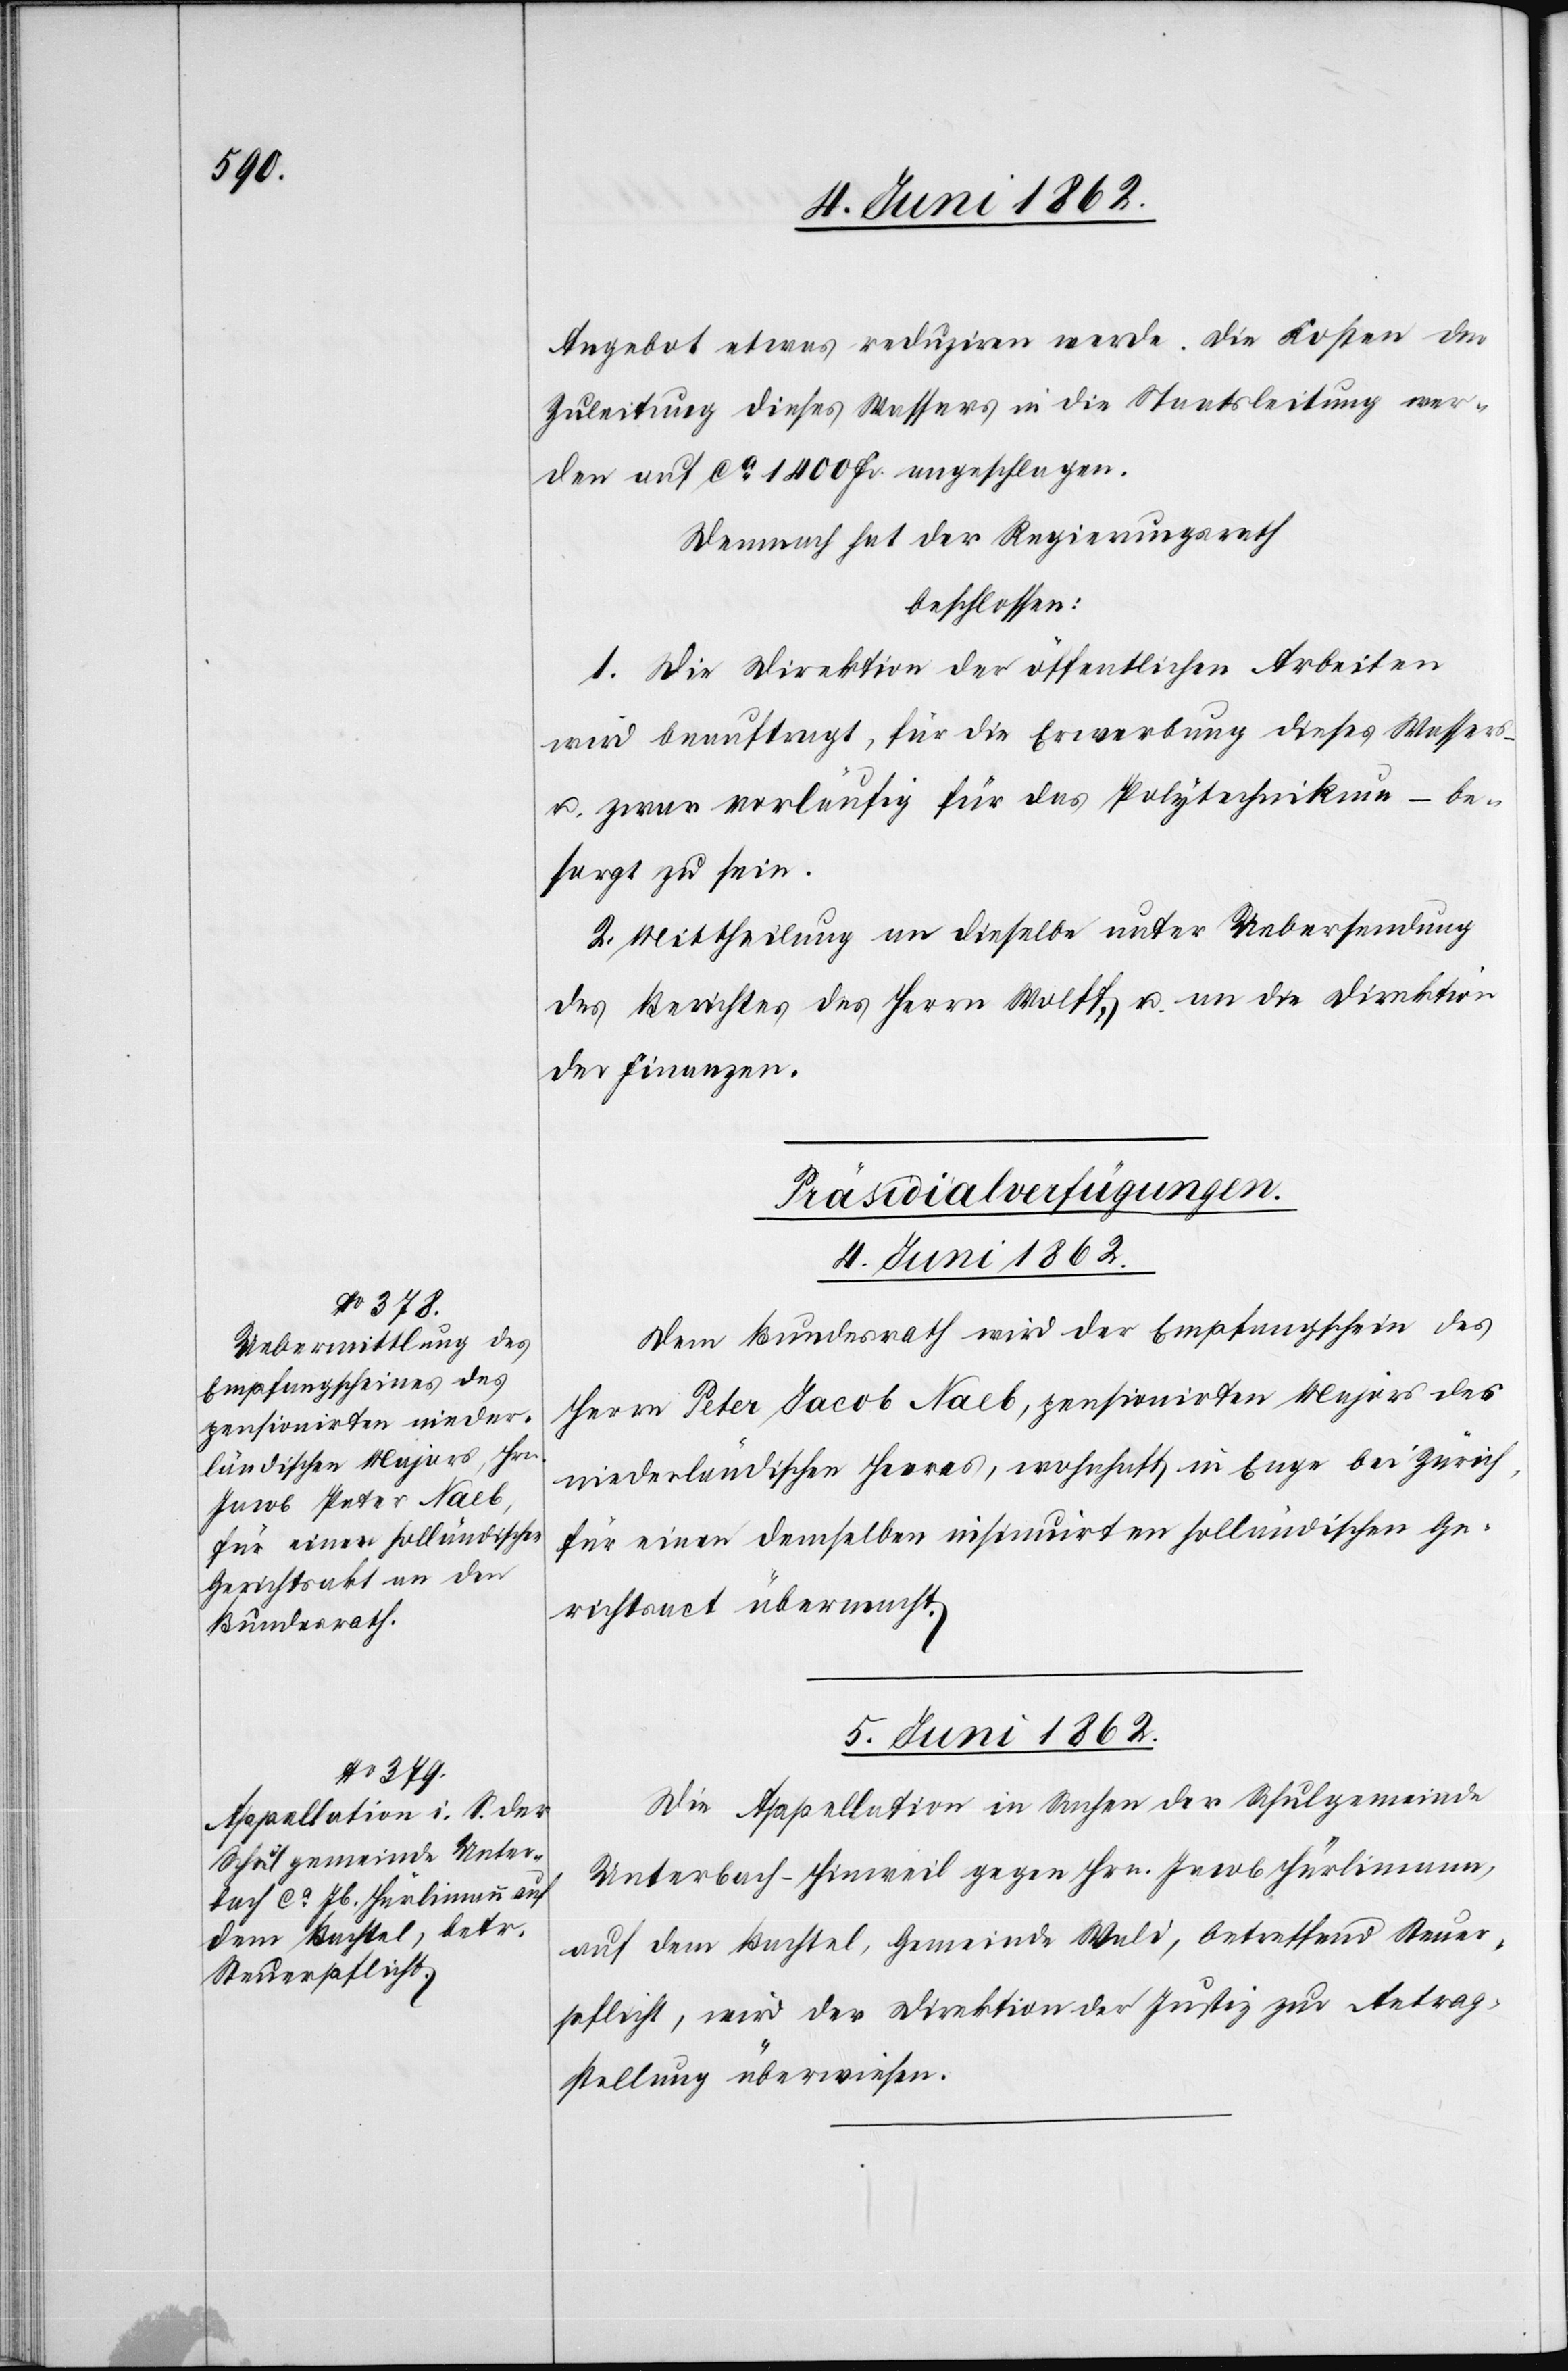
Angebot etwas reduziren werde. Die Kosten der
Zuleitung dieses Wasser in die Staatsleitung wer¬
den auf ca 1400 Fr. angeschlagen.
Dennoch hat der Regierungsrath
beschlossen:
1. Die Direktion der öffentlichen Arbeiten
wird beauftragt, für die Erwerbung dieses Wassers
u. zwar vorläufig für das Polytechnikum – be¬
sorgt zu sein.
2. Mittheilung an dieselbe unter Uebersendung
des Berichtes des Herrn Wolff, u. an die Direktion
der Finanzen.
[Präsidialverfügungen.]
4. Juni 1862.
Dem Bundesrath wird der Empfangschein des
Herrn Peter Jacob [sic!] Naeb, pensionirten Majors des
niederländischen Heeres, wohnhaft in Enge bei Zürich,
für einen demselben insinuirten holländischen Ge¬
richtsact übermacht.
5. Juni 1862.
Die Appellation in Sachen der Schulgemeinde
Unterbach-Hinweil gegen Hrn. Jacob Hürlimann,
auf dem Bachtel, Gemeinde Wald, betreffend Steuer¬
pflicht, wird der Direktion der Justiz zur Antrag¬
stellung überwiesen.